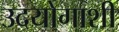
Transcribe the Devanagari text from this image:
उदयोगाशी